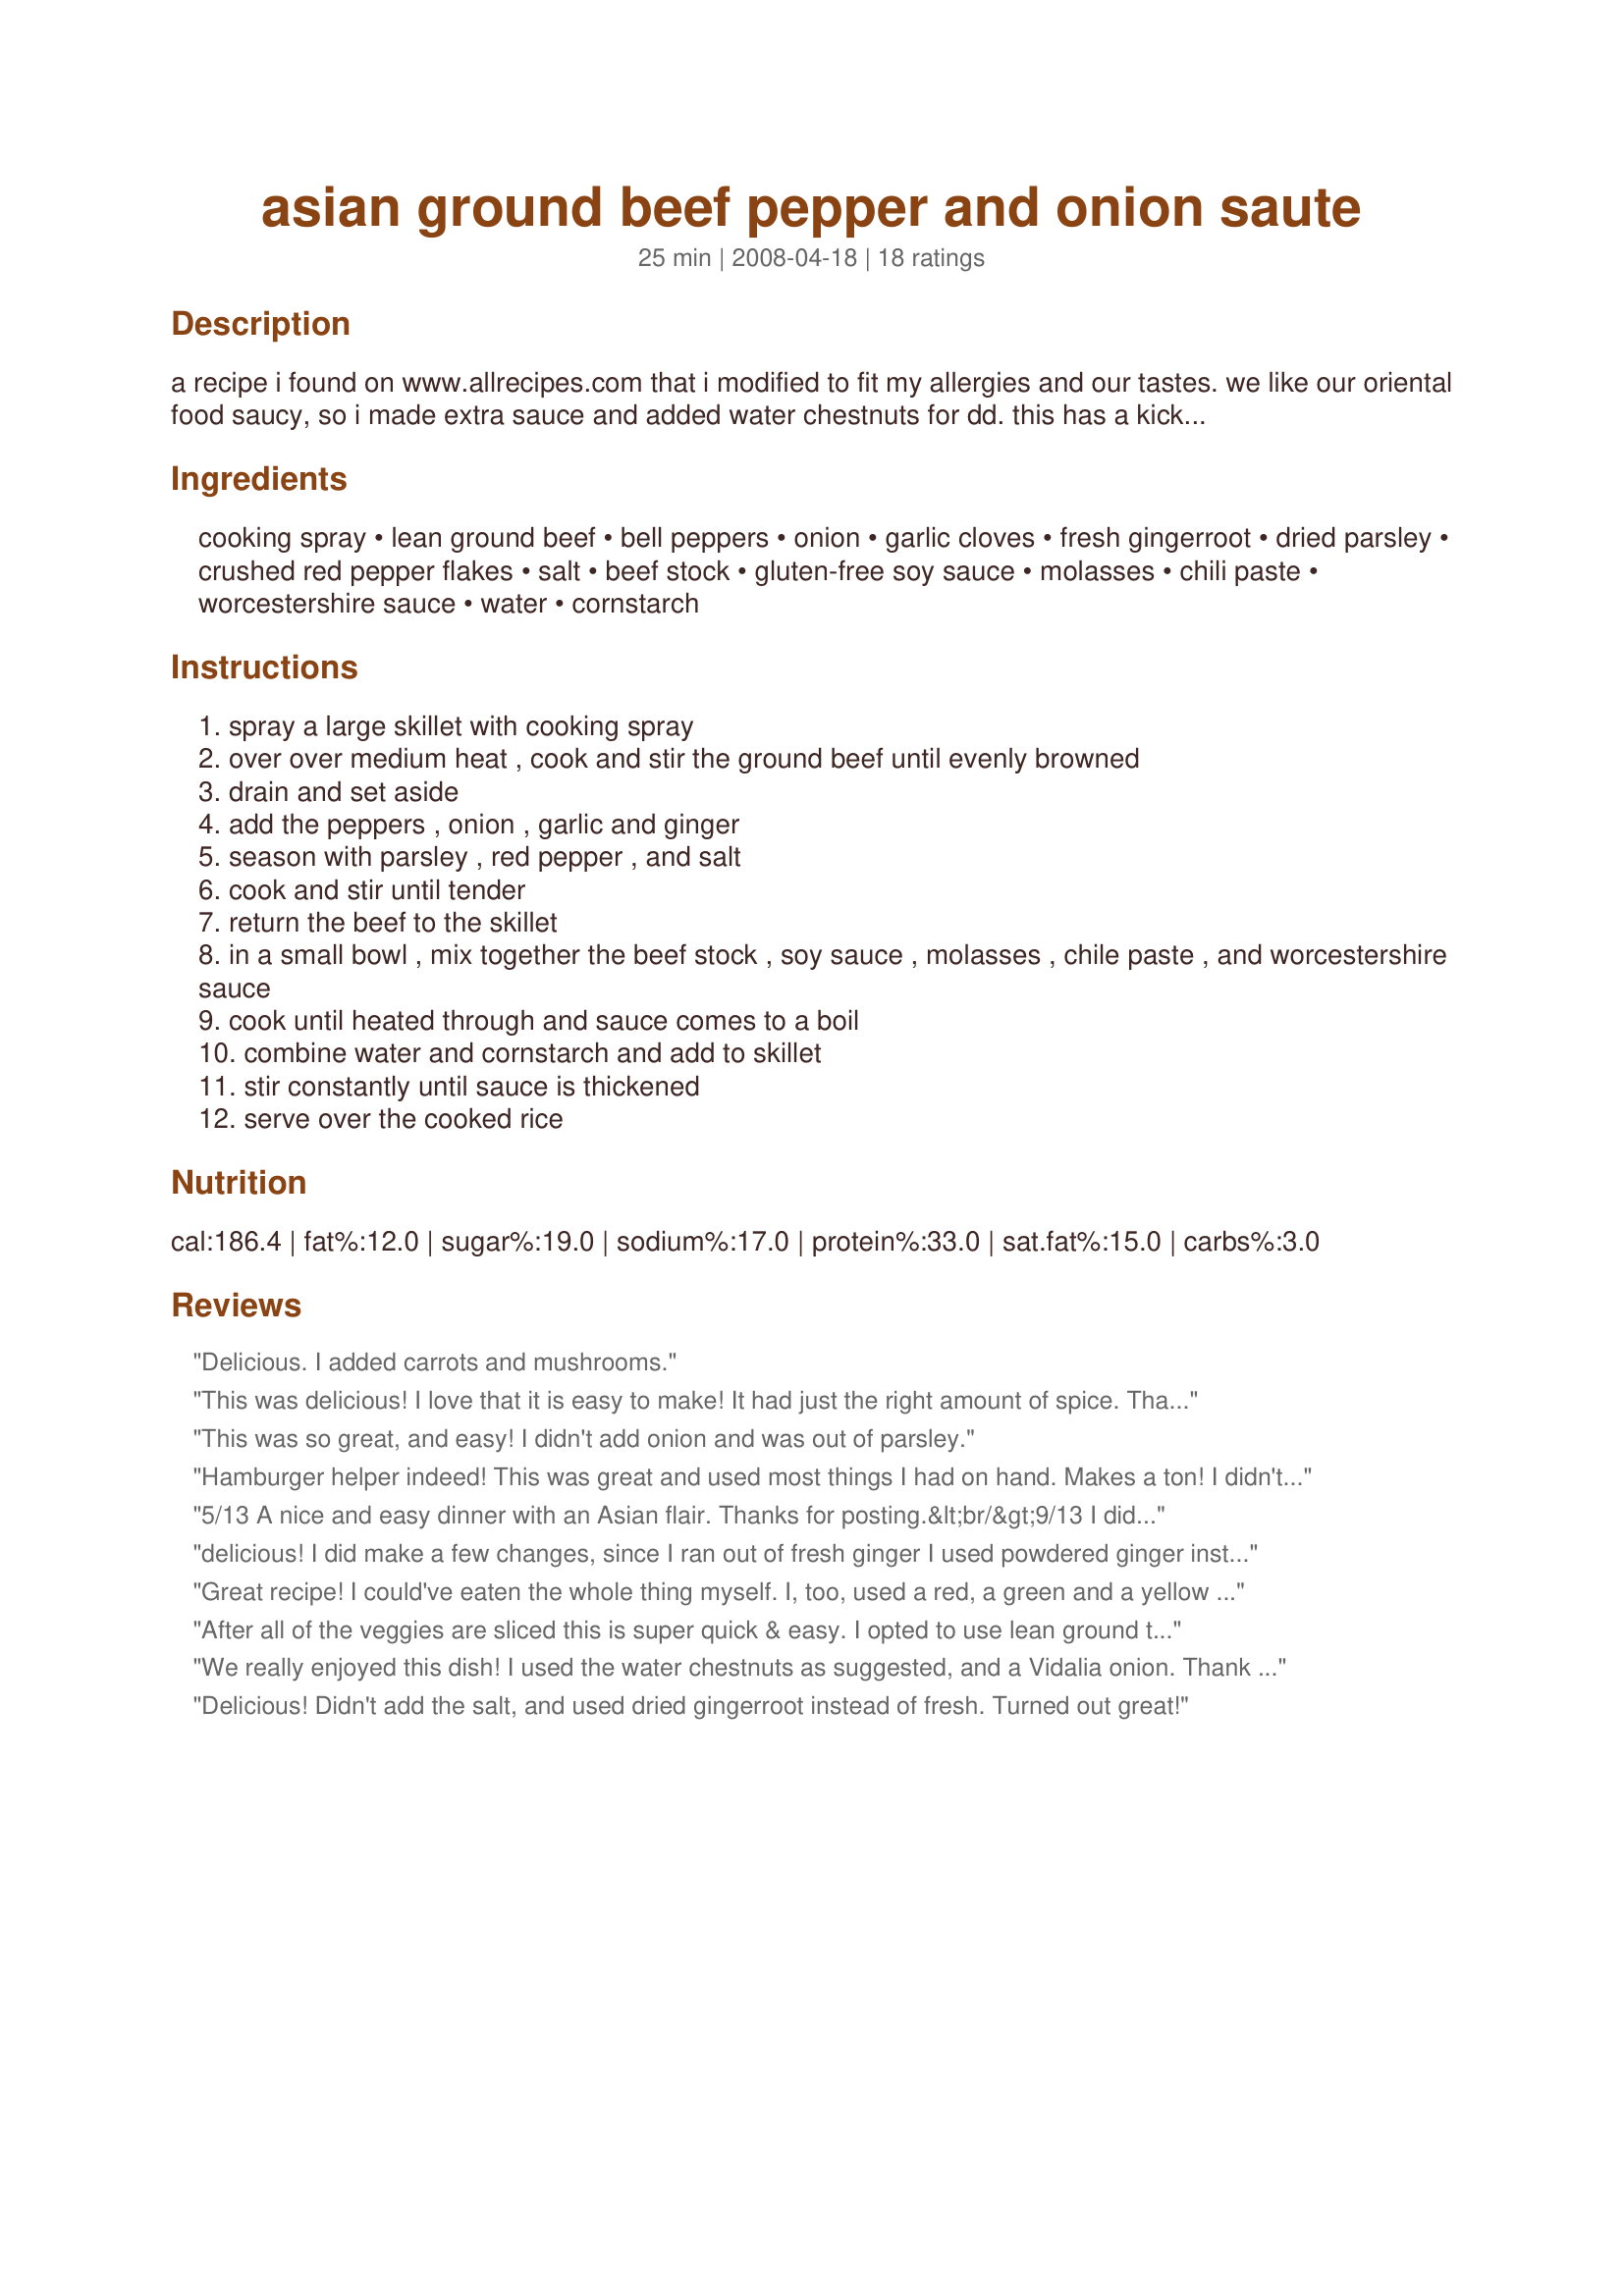
asian ground beef pepper and onion saute
Preparation time: 25 minutes

a recipe i found on www.allrecipes.com that i modified to fit my allergies and our tastes. we like our oriental food saucy, so i made extra sauce and added water chestnuts for dd. this has a kick to it from the ginger, red pepper flakes and the chili paste. makes 6 1-cup servings. this is a ww friendly recipe, if you use 96% lean ground beef. points value per serving as calculated on the ww website is 3.

Ingredients:
cooking spray, lean ground beef, bell peppers, onion, garlic cloves, fresh gingerroot, dried parsley, crushed red pepper flakes, salt, beef stock, gluten-free soy sauce, molasses, chili paste, worcestershire sauce, water, cornstarch

Steps:
spray a large skillet with cooking spray
over over medium heat , cook and stir the ground beef until evenly browned
drain and set aside
add the peppers , onion , garlic and ginger
season with parsley , red pepper , and salt
cook and stir until tender
return the beef to the skillet
in a small bowl , mix together the beef stock , soy sauce , molasses , chile paste , and worcestershire sauce
cook until heated through and sauce comes to a boil
combine water and cornstarch and add to skillet
stir constantly until sauce is thickened
serve over the cooked rice

Reviews:
Delicious. I added carrots and mushrooms.
This was delicious! I love that it is easy to make! It had just the right amount of spice. Thanks so much for a great recipe!
This was so great, and easy! I didn't add onion and was out of parsley.
Hamburger helper indeed! This was great and used most things I had on hand. Makes a ton! I didn't have molasses and subbed honey but will try molasses or brown sugar next time. Thanks for the keeper!
5/13 A nice and easy dinner with an Asian flair. Thanks for posting.&lt;br/&gt;9/13 I didn&#039;t realize I made this before, my daughter insists I did, she was right. It was a winner agin for the 2nd time. I did want to add a new serving option. My son put his rice &amp; beef ins a flour tortilla, kinda like a moo shoo beef! My daughter would like me to use chicken next time, so I&#039;ll give that a whirl next. I&#039;ll boost up the heat factor more next time, I prefer to use 1 T+ Sambal Oelek in place of the chili flakes and chili paste.
delicious! I did make a few changes, since I ran out of fresh ginger I used powdered ginger instead, increased the fresh garlic way up and used 2 teaspoons crushed chili flakes (we like things very hot) I didn't go the gluten-free route, thanks for sharing Lori!
Great recipe! I could've eaten the whole thing myself. I, too, used a red, a green and a yellow bell pepper, but I sliced them into thin strips rather than chopping them. Everything about this recipe was awesome. Everyone loved it, too, which is always a plus. I might try with ground turkey next time. Thanks so much for a winner!
After all of the veggies are sliced this is super quick & easy. I opted to use lean ground turkey, slice the peppers, and throw in a fresh jalapeno too. I served with lettuce and napa cabbage leaves for rolling instead of rice and was happy with the meal. Thank you for sharing this colorful & tasty recipe!
We really enjoyed this dish! I used the water chestnuts as suggested, and a Vidalia onion. Thank you for a great new dinner option!
Delicious! Didn't add the salt, and used dried gingerroot instead of fresh. Turned out great!
We thought this was good, but expected there would be a bigger Asian flavour. We had all the ingredients on hand which made it fast and easy. Thanks.
Great flavor. I didn't have any chili paste and didn't want to run to the store. So sad. Anyways, I meant to add celery and didn't. I took it out of the fridge and forget. I guess I'm losing my mind. I think it would have added a little extra crunch, but we loved this. It would be good made with chicken or steak, too and served over rice. Thanks.
Mmm,yum.
I added a tad more soy,a few more chilli flakes (we're heat freaks!) and a dash of sugar to the mix,to tweak it to our tastes.It was delicious!!
Very similar to a Chinese dish that my mother makes ( and she is Chinese!!).
A really simple,quick and tasty dish-thanks for sharing!
Made for Gimme Five.
There's not much I can say that hasn't been said by other reviewers. I skipped the salt and used ground ginger because the pantry was bare, but otherwise kept to the recipe. It was very tasty, and I'm going to pass it along to friends.
Sorry, but this was just o.k. for us. It was very heavy and rich. The flavor was o.k. but it seemed like it needed something fresh or some acid to balance it out. It was quite easy and quick, though, and used ingredients I usually have on hand.
I made a few changes as I was missing a few ingredients. I subbed the soy and molasses for Kecep Manis (thick sweet soy) and used only 1 Tbsp ginger and skipped the salt (personal pref) I also added more water than specified.
thanks for sharing....T'was Fab!
My husband really liked this recipe. Excellent way to prepare ground beef other than soup, meatloaf, or spaghetti. Very forgiving if you have to sub an ingredient, or are lacking one. I had lots of fresh veggies and added some mushrooms. I have a feeling this will find a way into our meal rotation. Give it a try!
I enjoyed this greatly. I added mushrooms carrots, celery and a jalapeno pepper (didn't have chile paste) and served it mixed with rice noodles. I also added a couple of dashes of sesame oil to the sauce. Thanks for posting!
